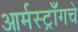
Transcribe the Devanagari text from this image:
आर्मस्ट्राँगचे